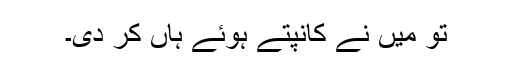
تو میں نے کانپتے ہوئے ہاں کر دی۔